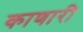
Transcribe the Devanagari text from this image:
काणारी